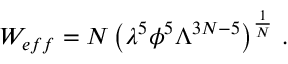
W _ { e f f } = N \left( \lambda ^ { 5 } \phi ^ { 5 } \Lambda ^ { 3 N - 5 } \right) ^ { \frac { 1 } { N } } \, .